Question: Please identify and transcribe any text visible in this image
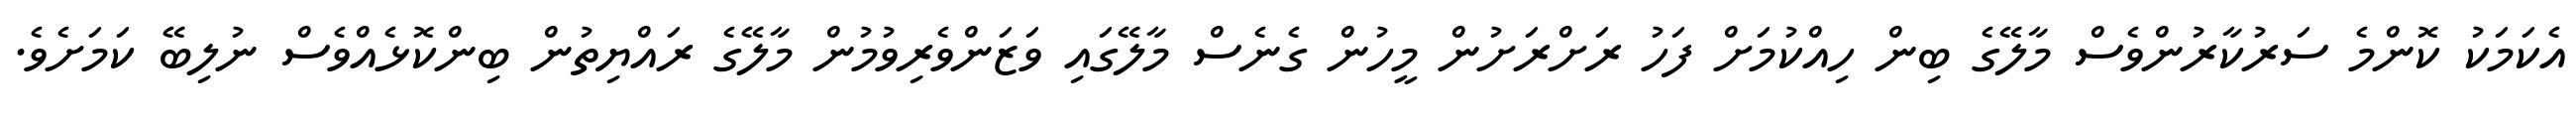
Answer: އެކަމަކު ކޮންމެ ސަރުކާރުންވެސް މާލޭގެ ބިން ހިއްކުމަށް ފަހު ރަށްރަށުން މީހުން ގެނެސް މާލޭގައި ވަޒަންވެރިވުމުން މާލޭގެ ރައްޔިތުން ބިންކޮޅެއްވެސް ނުލިބޭ ކަމަށެވެ.